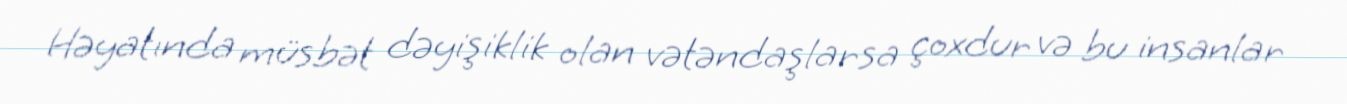
Həyatında müsbət dəyişiklik olan vətəndaşlarsa çoxdur və bu insanlar